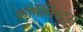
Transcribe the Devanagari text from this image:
फोर्मलिस्ट्स